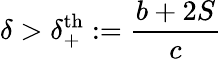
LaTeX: \delta>\delta_{+}^{\textrm{th}}:=\frac{b+2S}{c}